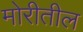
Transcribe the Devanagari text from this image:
मोरीतील